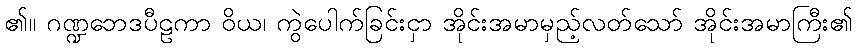
၏။ ဂဏ္ဍဘေဒပီဠကာ ဝိယ၊ ကွဲပေါက်ခြင်းငှာ အိုင်းအမာမှည့်လတ်သော် အိုင်းအမာကြီး၏